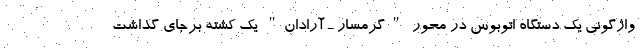
واژگونی یک دستگاه اتوبوس در محور "گرمسار ـ آرادان" یک کشته برجای گذاشت